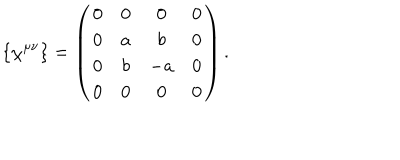
LaTeX: \{ \chi ^ { \mu \nu } \} = \left( \begin{array} { c c c c } { { 0 } } & { { 0 } } & { { 0 } } & { { 0 } } \\ { { 0 } } & { { a } } & { { b } } & { { 0 } } \\ { { 0 } } & { { b } } & { { - a } } & { { 0 } } \\ { { 0 } } & { { 0 } } & { { 0 } } & { { 0 } } \\ \end{array} \right) .